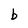
Character: b